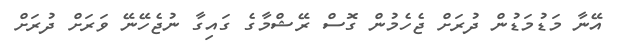
އޭނާ މަޑުމަޑުން ދުރަށް ޖެހެމުން ގޮސް ރޭޝްމާގެ ގައިގާ ނުޖެހޭނޭ ވަރަށް ދުރަށް